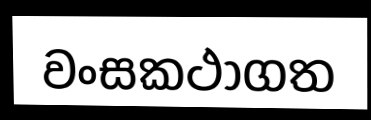
වංසකථාගත